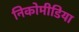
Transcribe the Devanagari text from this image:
निकोमीडिया